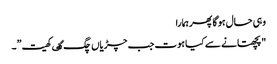
وہی حال ہوگا پھر ہمارا
"پچھتانے سے کیا ہوت جب چڑیاں چگ گٸ کھیت”۔